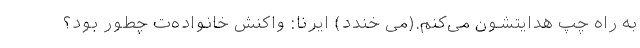
به راه چپ هدایتشون می‌کنم.(می خندد) ایرنا: واکنش خانواده‌ت چطور بود؟